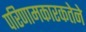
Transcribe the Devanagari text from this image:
परिणामकारकतेने